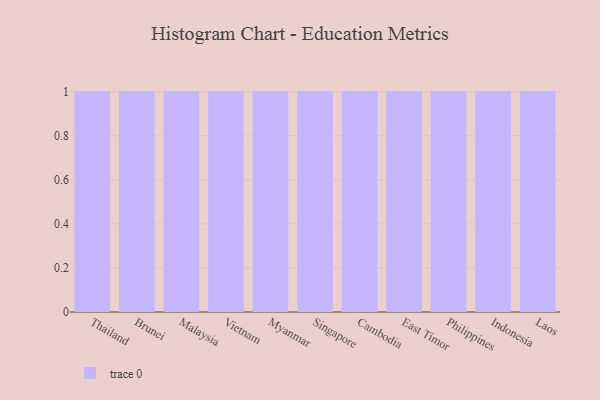
{"axis": {"x": "Country", "y": "Demand Index"}, "legend": [""], "data": [{"x": "Thailand", "y": 76, "type": ""}, {"x": "Brunei", "y": 87, "type": ""}, {"x": "Malaysia", "y": 7, "type": ""}, {"x": "Vietnam", "y": 75, "type": ""}, {"x": "Myanmar", "y": 1, "type": ""}, {"x": "Singapore", "y": 31, "type": ""}, {"x": "Cambodia", "y": 95, "type": ""}, {"x": "East Timor", "y": 86, "type": ""}, {"x": "Philippines", "y": 1, "type": ""}, {"x": "Indonesia", "y": 15, "type": ""}, {"x": "Laos", "y": 24, "type": ""}]}